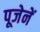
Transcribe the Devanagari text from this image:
पूजेनें